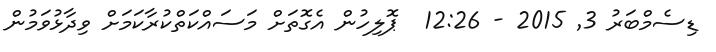
ޑިސެމްބަރު 3